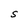
Character: S